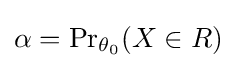
\alpha ={\Pr }_{\theta _{0}}(X\in R)